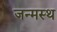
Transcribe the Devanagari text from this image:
जन्मस्थ